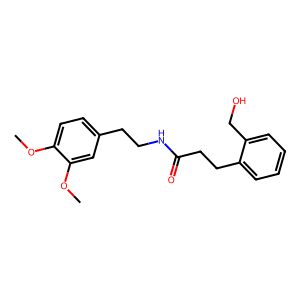
SMILES: COc1ccc(CCNC(=O)CCc2ccccc2CO)cc1OC
Inhibits HIV replication: No